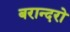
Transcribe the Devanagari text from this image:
बरान्दरो